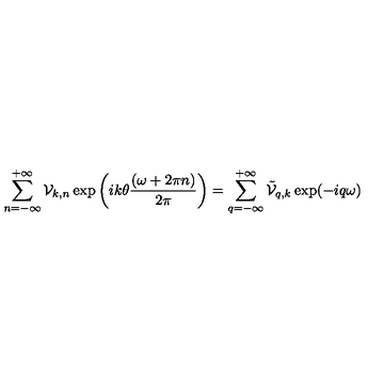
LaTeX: \sum _ { n = - \infty } ^ { + \infty } { \cal V } _ { k , n } \exp \left( i k \theta \frac { ( \omega + 2 \pi n ) } { 2 \pi } \right) = \sum _ { q = - \infty } ^ { + \infty } \tilde { \cal V } _ { q , k } \exp ( - i q \omega )